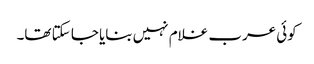
کوئی عرب غلام نہیں بنایا جا سکتا تھا۔